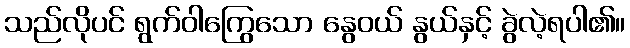
သည်လိုပင် ရွက်ဝါကြွေသော နွေဝယ် နွယ်နှင့် ခွဲလဲ့ရပါ၏။